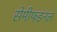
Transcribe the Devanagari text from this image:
सेमीफइनल